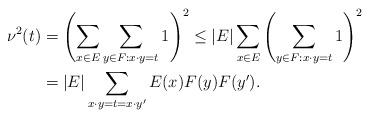
LaTeX: \begin{align*}\nu^2(t)&=\left(\sum_{x\in E} \sum_{y\in F: x\cdot y=t} 1\right)^2 \leq |E| \sum_{x\in E}\left(\sum_{y\in F: x\cdot y=t} 1\right)^2\\&=|E| \sum_{x\cdot y=t=x\cdot y^\prime} E(x)F(y)F(y^\prime).\end{align*}